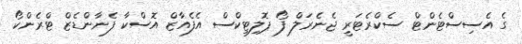
ގެ އެސިސްޓެންޓް ސެކްރެޓަރީ ޖެނެރަލް ފޯ ޕޮލިޓިކްސް އެފެއާޒް އޮސްކާ ފެނާންޑެޒް ޓްރެންކޯ